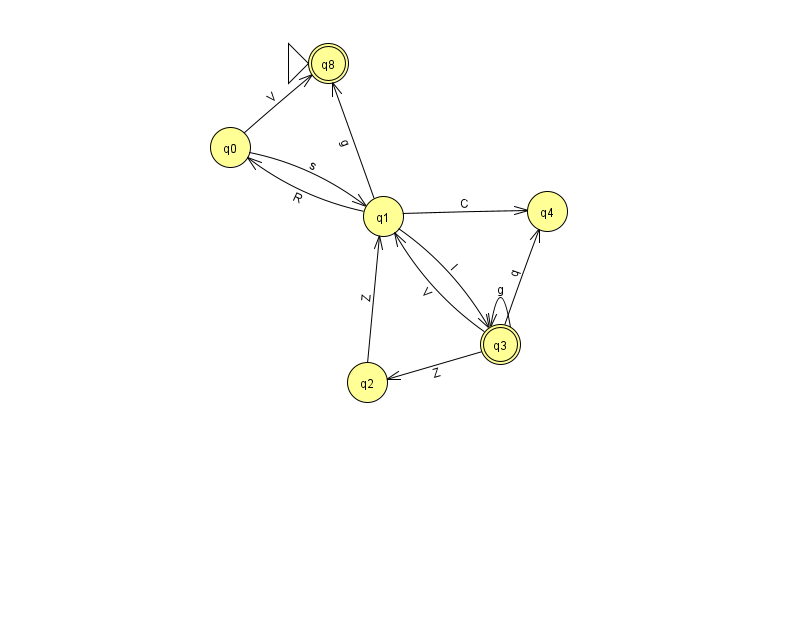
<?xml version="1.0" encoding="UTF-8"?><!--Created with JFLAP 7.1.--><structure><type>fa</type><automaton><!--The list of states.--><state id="0" name="q0"><x>230.0</x><y>134.0</y></state><state id="1" name="q1"><x>383.0</x><y>203.0</y></state><state id="2" name="q2"><x>367.0</x><y>369.0</y></state><state id="3" name="q3"><x>500.0</x><y>331.0</y><final/></state><state id="4" name="q4"><x>547.0</x><y>198.0</y></state><state id="8" name="q8"><x>328.0</x><y>50.0</y><initial/><final/></state><!--The list of transitions.--><transition><from>0</from><to>1</to><read>s</read></transition><transition><from>1</from><to>0</to><read>R</read></transition><transition><from>3</from><to>1</to><read>V</read></transition><transition><from>3</from><to>3</to><read>g</read></transition><transition><from>0</from><to>8</to><read>V</read></transition><transition><from>1</from><to>8</to><read>g</read></transition><transition><from>1</from><to>3</to><read>I</read></transition><transition><from>3</from><to>2</to><read>Z</read></transition><transition><from>1</from><to>4</to><read>C</read></transition><transition><from>3</from><to>4</to><read>q</read></transition><transition><from>2</from><to>1</to><read>Z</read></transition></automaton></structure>